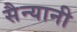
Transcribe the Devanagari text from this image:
सैन्यानी